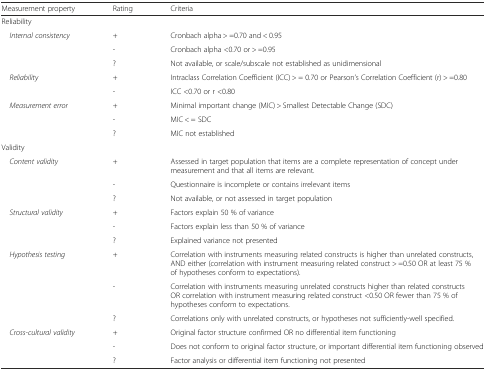
| Measurement property | Rating | Criteria |
 | --- | --- | --- |
 | <COLSPAN=3> Reliability |
 | <ROWSPAN=3> Internal consistency | + | Cronbach alpha > =0.70 and < 0.95 |
 | - | Cronbach alpha <0.70 or > =0.95 |
 | ? | Not available, or scale/subscale not established as unidimensional |
 | <ROWSPAN=2> Reliability | + | Intraclass Correlation Coefficient (ICC) > = 0.70 or Pearson’s Correlation Coefficient (r) > =0.80 |
 | - | ICC <0.70 or r <0.80 |
 | <ROWSPAN=3> Measurement error | + | Minimal important change (MIC) > Smallest Detectable Change (SDC) |
 | - | MIC < = SDC |
 | ? | MIC not established |
 | <COLSPAN=3> Validity |
 | <ROWSPAN=3> Content validity | + | Assessed in target population that items are a complete representation of concept under measurement and that all items are relevant. |
 | - | Questionnaire is incomplete or contains irrelevant items |
 | ? | Not available, or not assessed in target population |
 | <ROWSPAN=3> Structural validity | + | Factors explain 50 % of variance |
 | - | Factors explain less than 50 % of variance |
 | ? | Explained variance not presented |
 | <ROWSPAN=3> Hypothesis testing | + | Correlation with instruments measuring related constructs is higher than unrelated constructs, AND either (correlation with instrument measuring related construct > =0.50 OR at least 75 % of hypotheses conform to expectations). |
 | - | Correlation with instruments measuring unrelated constructs higher than related constructs OR correlation with instrument measuring related construct <0.50 OR fewer than 75 % of hypotheses conform to expectations. |
 | ? | Correlations only with unrelated constructs, or hypotheses not sufficiently-well specified. |
 | <ROWSPAN=3> Cross-cultural validity | + | Original factor structure confirmed OR no differential item functioning |
 | - | Does not conform to original factor structure, or important differential item functioning observed |
 | ? | Factor analysis or differential item functioning not presented |